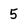
Character: 5